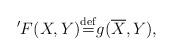
LaTeX: \begin{align*}'F(X,Y){\stackrel{\mathrm{def}}{=}}g(\overline{X},Y) ,\end{align*}